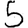
Digit: 5